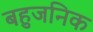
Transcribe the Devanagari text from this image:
बहुजनिक